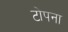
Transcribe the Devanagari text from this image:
टोपना